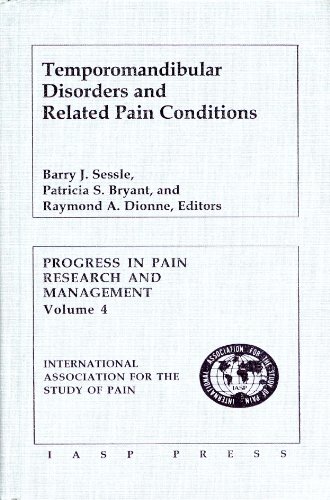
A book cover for Temporomandibular Disorders and Related Pain Conditions (Progress in Pain Research and Management Series); Barry J. Sessle; Medical Books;